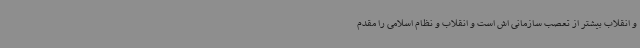
و انقلاب بیشتر از تعصب سازمانی اش است و انقلاب و نظام اسلامی را مقدم